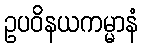
ဥပဝိနယကမ္မာနံ